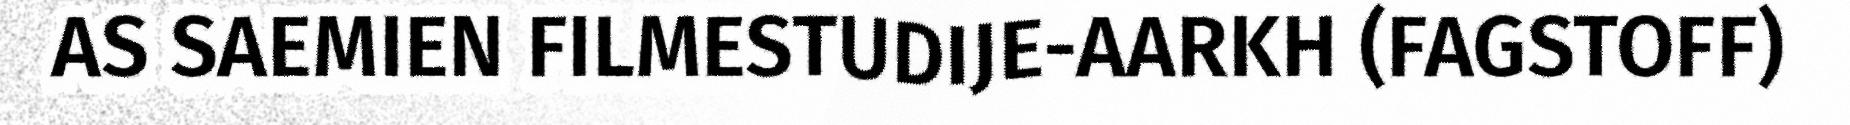
AS SAEMIEN FILMESTUDIJE-AARKH (FAGSTOFF)